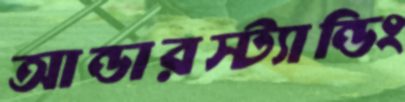
আন্ডারস্ট্যান্ডিং